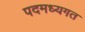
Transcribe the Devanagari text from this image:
पदमध्यगत